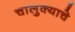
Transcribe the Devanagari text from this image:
चालुक्याचे